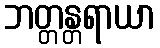
ဘတ္တန္တရာယာ